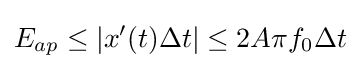
E_{ap}\leq |x'(t)\Delta t|\leq 2A\pi f_{0}\Delta t